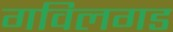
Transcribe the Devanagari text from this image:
गविलगड